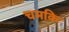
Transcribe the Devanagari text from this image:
चमकि